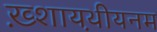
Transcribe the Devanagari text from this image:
ख़्शायथ़ीयनम